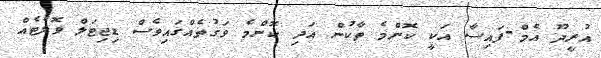
އުރީދޫ އެމް-ފައިސާ އަކީ ކޮންމެ ތާކުން އަދި ކޮންމެ ވަގުތެއްގައިވެސް ޑިޖިޓަލް ވޮލެޓެއް